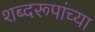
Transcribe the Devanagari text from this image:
शब्दरूपांच्या